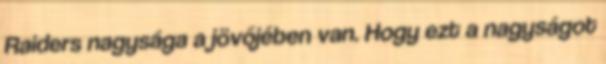
Raiders nagysága a jövőjében van. Hogy ezt a nagyságot